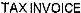
TAXINVOICE